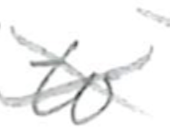
Text: to
Cross-out: cross
Writing tool: pencil